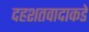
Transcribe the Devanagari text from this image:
दहशतवादाकडे